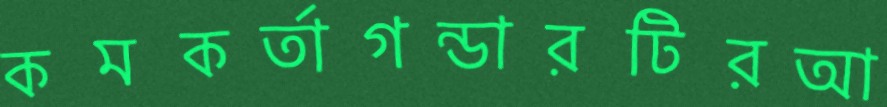
কমকর্তাগন্ডারটিরআ